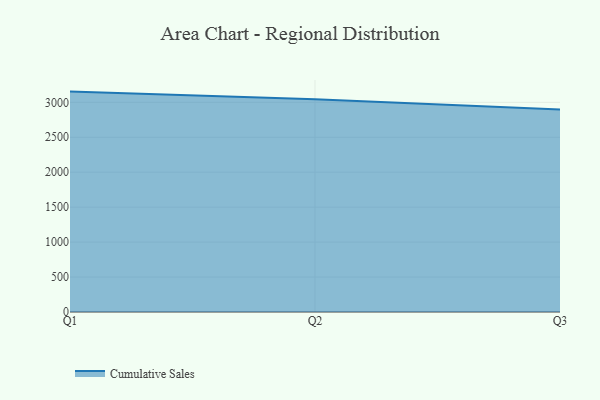
{"axis": {"x": "Quarter", "y": "Net Income (USD K)"}, "legend": ["Cumulative Sales"], "data": [{"x": "Q1", "y": 3153.7, "type": "Cumulative Sales"}, {"x": "Q2", "y": 3044.6, "type": "Cumulative Sales"}, {"x": "Q3", "y": 2896.8, "type": "Cumulative Sales"}]}